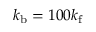
k _ { \mathrm { b } } = 1 0 0 k _ { \mathrm { f } }